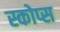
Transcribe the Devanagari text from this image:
स्कोप्स